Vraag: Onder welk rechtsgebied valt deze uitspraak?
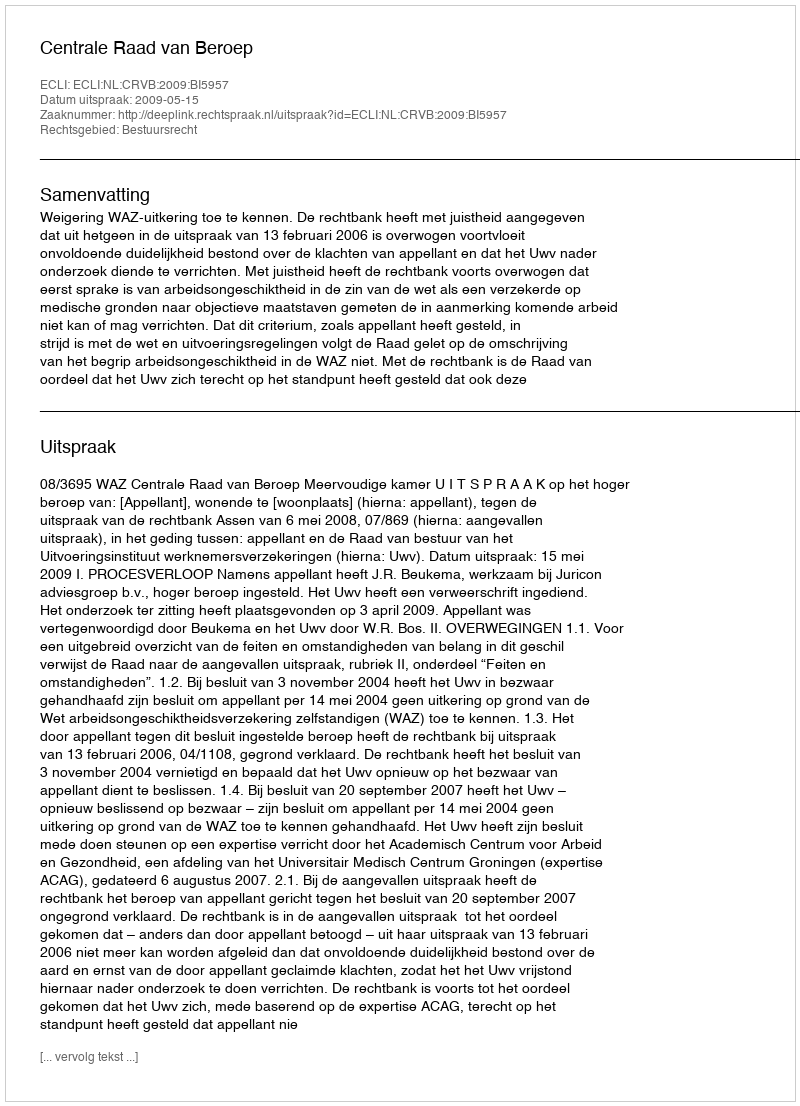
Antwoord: Bestuursrecht